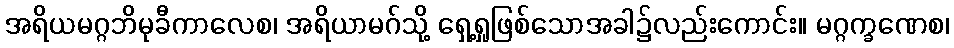
အရိယမဂ္ဂဘိမုခီကာလေစ၊ အရိယာမဂ်သို့ ရှေ့ရှုဖြစ်သောအခါ၌လည်းကောင်း။ မဂ္ဂက္ခဏေစ၊